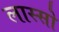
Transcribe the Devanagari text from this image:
लास्सो